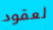
لعقود